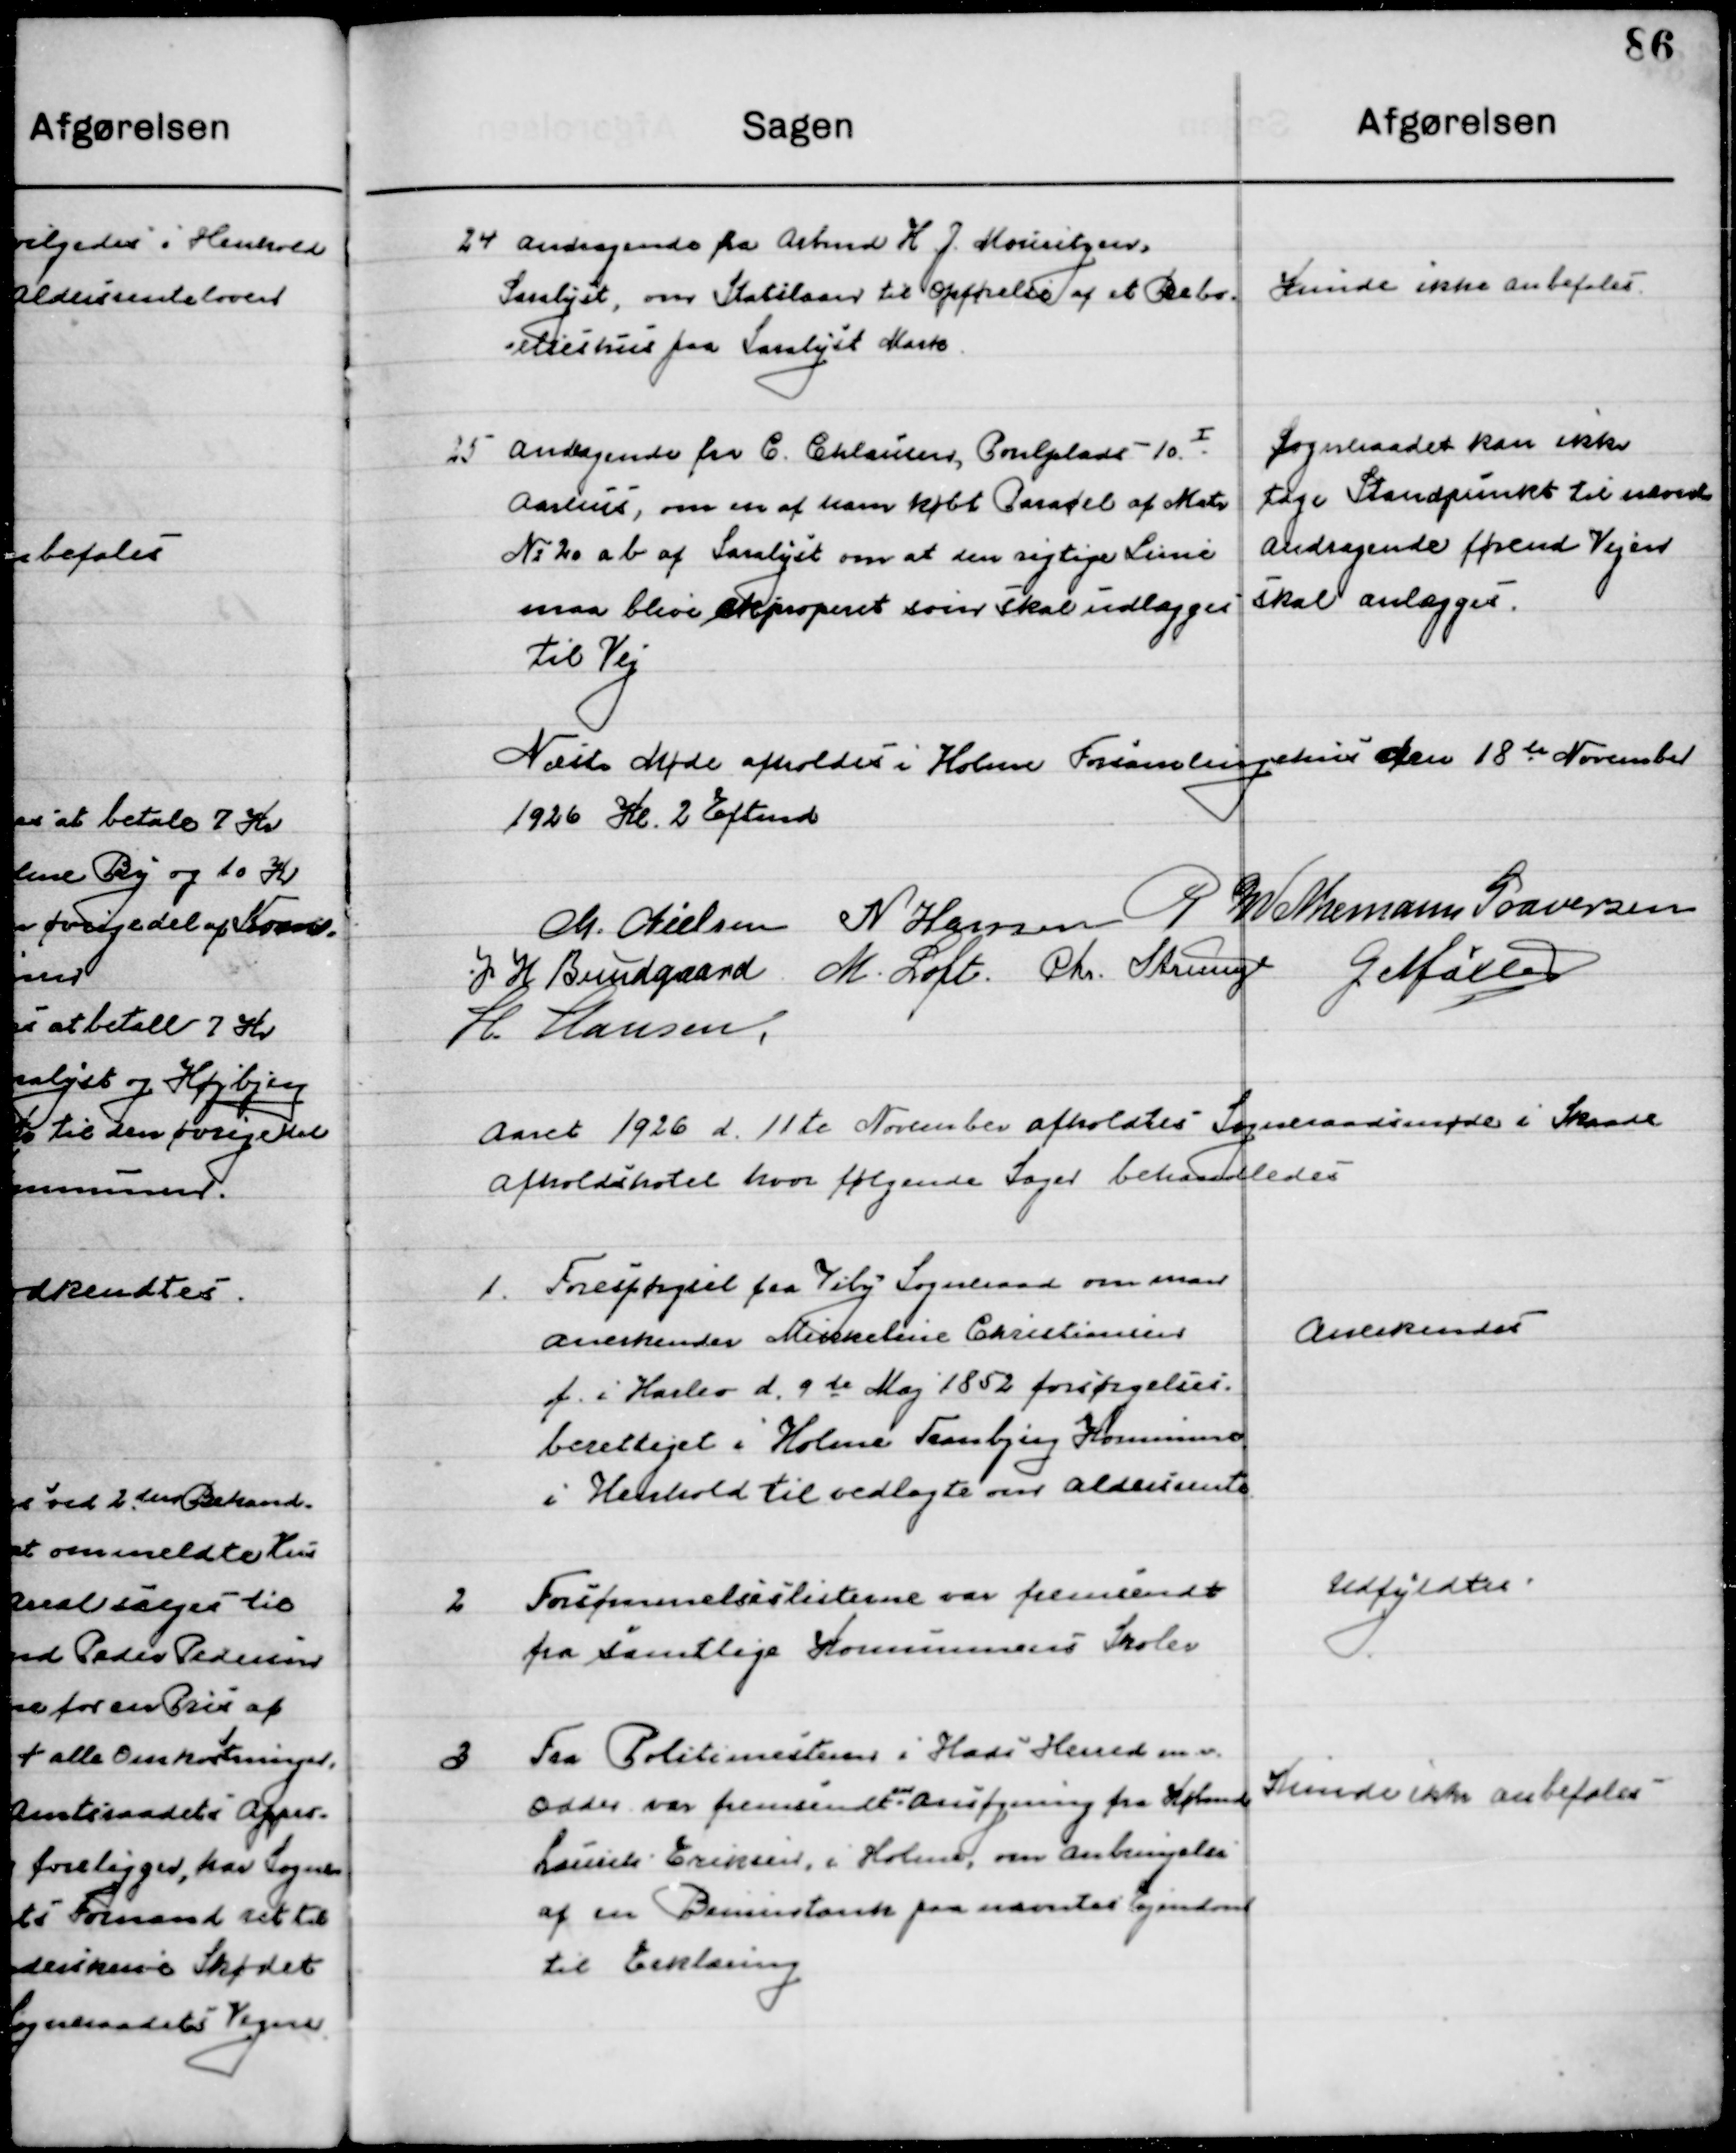
Transskription:
24

Andragende fra Arbmd. H. J. Mouritzen,
Saralyst, om Skattelaan til Opførelse af et Bebo-
elseshus paa Saralyst Mark

Kunde ikke anbefales

25

Andragende fra C. Chlausen, Poulplads 10 I.
Aarhus, om en af ham købte Parasel af Matr.
No. 20 a b af Saralyst om at den rigtige Linie
maa blive eksproperet som skal udlægges 
til Vej.

Sogneraadet kan ikke
Tage Standpunkt til nævnte
Andragende førend Vejen
skal anlægges

Næste Møde afholdes i Holme Forsamlingshus den 18de November
1926  Kl. 2 Eftermd.

M. Nielsen
N. Hansen
G. W. Neumann Graversen
J. H. Bundgaard
M. Loft
Chr. Strunge
G. Møller
H. Hansen

Aaret 1926 d. 11de November afholdtes Sogneraadsmøde i Skaade 
Afholdshotel hvor følgende Sager behandledes.

1

Forespørgsel fra Viby Sogneraad om man
Anerkender Mikkeline Christiansen
f. i Harlev d. 9 de Maj 1852 forsørgelses-
berettiget i Holme Tranbjerg Kommune
i Henhold til vedlagte om Alderdoms rente

Anerkendes

2

Forsømmelseslisten var fremsendt
fra samtlige Kommunens Skoler.

Udfyldes

3

Fra Politimesteren i Hads Herred m. v.
Odder var fremsendt en ansøgning fra Købmd.
Laurits Eriksen, i Holme om anbringelse
af en benzintank paa nævnte Ejendom
til Erklæring.

Kunde ikke anbefales